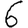
Digit: 6